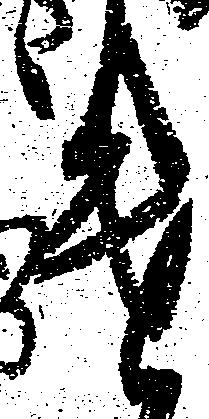
遣